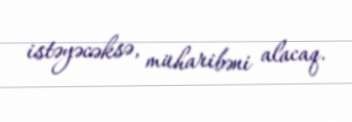
istəyəcəksə, müharibəni alacaq.